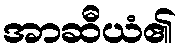
အာဆီယံ၏